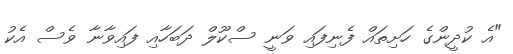
"އެ ކުދީންގެ ހަށިތައް ފެނިފައި ވަނީ ސްކޫލް ދަބަހާއި ފައިވާނާ ވެސް އެކު